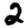
Digit: 2